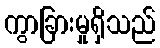
ကွာခြားမှုရှိသည်